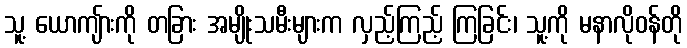
သူ့ ယောကျ်ားကို တခြား အမျိုးသမီးများက လှည့်ကြည့် ကြခြင်း၊ သူ့ကို မနာလိုဝန်တို